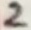
Text: 2